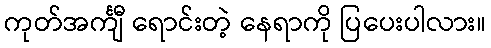
ကုတ်အင်္ကျီ ရောင်းတဲ့ နေရာကို ပြပေးပါလား။